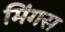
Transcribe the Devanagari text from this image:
मिंगस